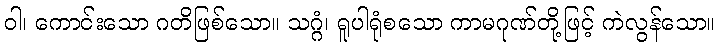
ဝါ၊ ကောင်းသော ဂတိဖြစ်သော။ သဂ္ဂံ၊ ရူပါရုံစသော ကာမဂုဏ်တို့ဖြင့် ကဲလွန်သော။